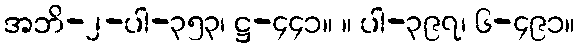
အဘိ-၂-ပါ-၃၅၃၊ ဋ္ဌ-၄၄၁။ ။ ပါ-၃၉၇၊ ၆-၄၉၁။